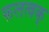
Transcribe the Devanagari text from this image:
फलत्वक्‌